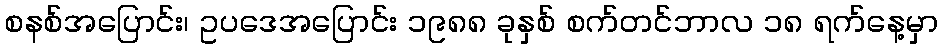
စနစ်အပြောင်း၊ ဥပဒေအပြောင်း ၁၉၈၈ ခုနှစ် စက်တင်ဘာလ ၁၈ ရက်နေ့မှာ